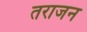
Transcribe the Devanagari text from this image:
तराजन